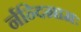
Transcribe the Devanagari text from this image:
र्नन्दिग्रामः